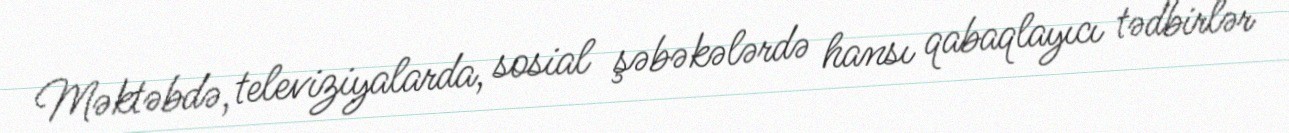
Məktəbdə, televiziyalarda, sosial şəbəkələrdə hansı qabaqlayıcı tədbirlər